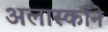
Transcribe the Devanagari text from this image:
अलास्काने